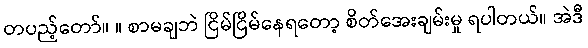
တပည့်တော်။ ။ စာမချဘဲ ငြိမ်ငြိမ်နေရတော့ စိတ်အေးချမ်းမှု ရပါတယ်။ အဲဒီ